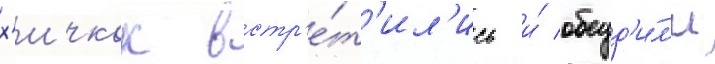
х'ичкок встр'е́т'ил'ись и́ обсуд'и́л'и